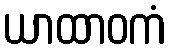
ယာထာဝကံ